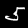
Label: 5